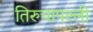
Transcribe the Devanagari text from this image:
तिरुचापल्ली